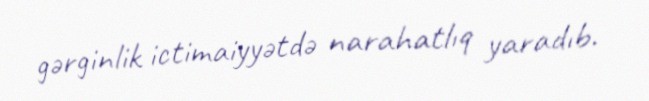
gərginlik ictimaiyyətdə narahatlıq yaradıb.